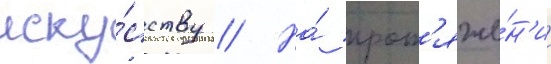
иску́сству // На́ прот'яже́н'ии